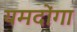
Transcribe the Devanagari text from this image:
यमदोंगा